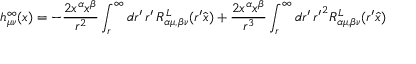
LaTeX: h _ { \mu \nu } ^ { \infty } ( x ) = - \frac { 2 x ^ { \alpha } x ^ { \beta } } { r ^ { 2 } } \int _ { r } ^ { \infty } d r ^ { \prime } \, r ^ { \prime } \, R _ { \alpha \mu , \beta \nu } ^ { L } ( r ^ { \prime } \hat { x } ) + \frac { 2 x ^ { \alpha } x ^ { \beta } } { r ^ { 3 } } \int _ { r } ^ { \infty } d r ^ { \prime } \, { r ^ { \prime } } ^ { 2 } R _ { \alpha \mu , \beta \nu } ^ { L } ( r ^ { \prime } \hat { x } )